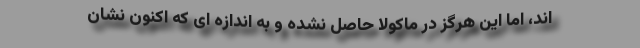
اند، اما این هرگز در ماکولا حاصل نشده و به اندازه ای که اکنون نشان